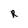
Character: r